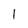
Character: 1